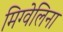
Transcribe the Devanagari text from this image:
मिग्वेलिना